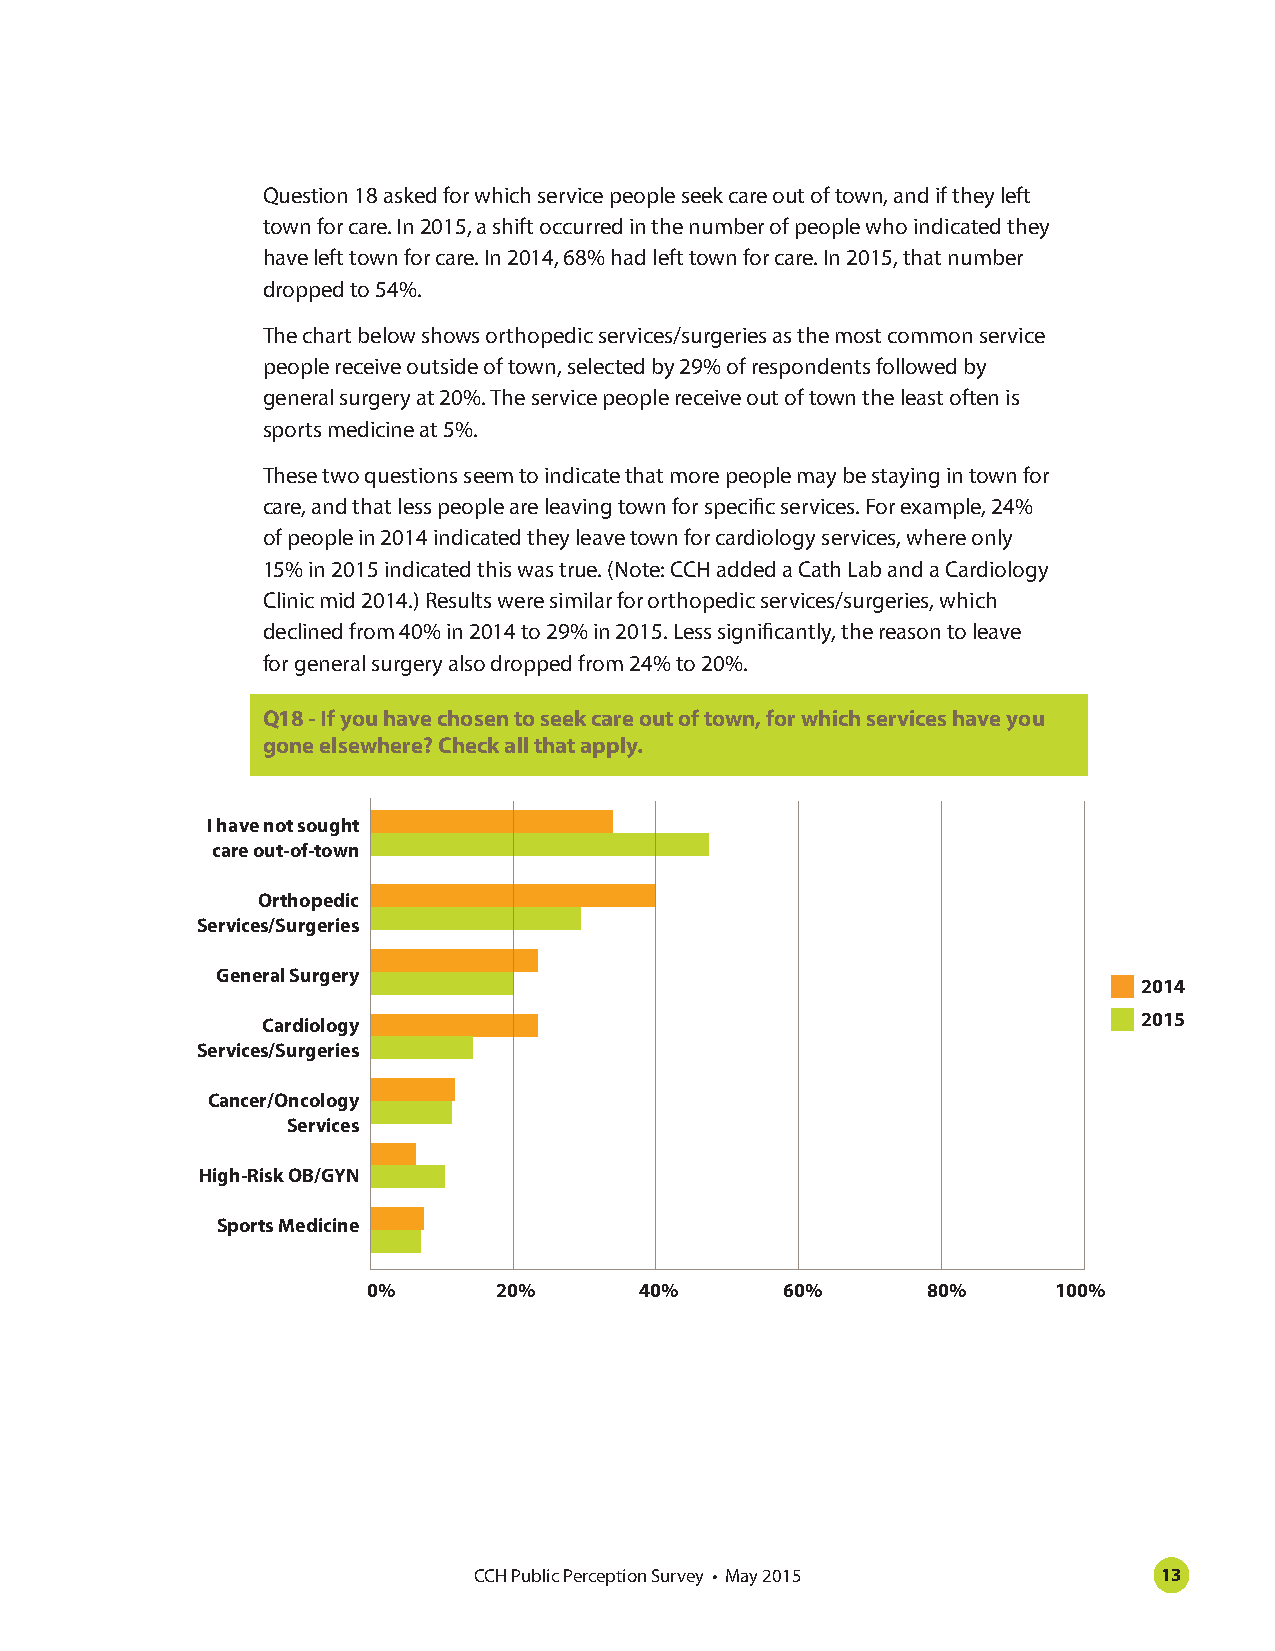
Question 18 asked for which service people seek care out of town, and if they left
 town for care. In 2015, a shift occurred in the number of people who indicated they
 have left town for care. In 2014, 68% had left town for care. In 2015, that number
 dropped to 54%.
 The chart below shows orthopedic services/surgeries as the most common service
 people receive outside of town, selected by 29% of respondents followed by
 general surgery at 20%. The service people receive out of town the least often is
 sports medicine at 5%.
 These two questions seem to indicate that more people may be staying in town for
 care, and that less people are leaving town for specific services. For example, 24%
 of people in 2014 indicated they leave town for cardiology services, where only
 15% in 2015 indicated this was true. (Note: CCH added a Cath Lab and a Cardiology
 Clinic mid 2014.) Results were similar for orthopedic services/surgeries, which
 declined from 40% in 2014 to 29% in 2015. Less significantly, the reason to leave
 for general surgery also dropped from 24% to 20%.
 Q18 - If you have chosen to seek care out of town, for which services have you
 gone elsewhere? Check all that apply.
 I have not sought
 care out-of-town
 Orthopedic
 Services/Surgeries
 General Surgery
 2014
 2015
 Cardiology
 Services/Surgeries
 Cancer/Oncology
 Services
 High-Risk OB/GYN
 Sports Medicine
 0%       20%      40%       60%      80%      100%
 CCH Public Perception Survey • May 2015       13